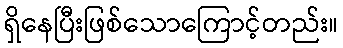
ရှိနေပြီးဖြစ်သောကြောင့်တည်း။